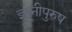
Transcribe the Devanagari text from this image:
ज्ञानीपुरुष